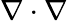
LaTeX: \nabla\cdot\nabla